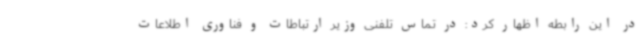
در این رابطه اظهار کرد: در تماس تلفنی وزیر ارتباطات و فناوری اطلاعات